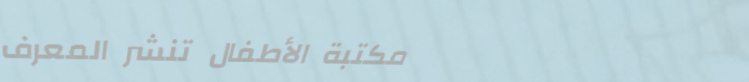
مكتبة الأطفال تنشر المعرف